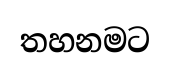
තහනමට